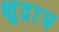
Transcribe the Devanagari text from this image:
क्षुद्रात्र